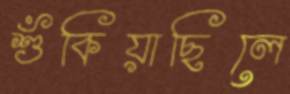
শুঁকিয়াছিলে